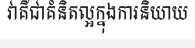
វាគឺជាគំនិតល្អក្នុងការនិយាយ